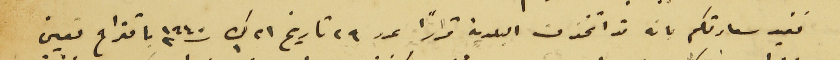
نفيد سعادتكم بانه قد اتخذت البلدية قرارًا عدد ٢٩ تاريخ ٢١ ك١ سنه ١٩٤٠ باقتراح تعيين